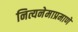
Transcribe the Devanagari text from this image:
नित्यनेमाप्रमाणे